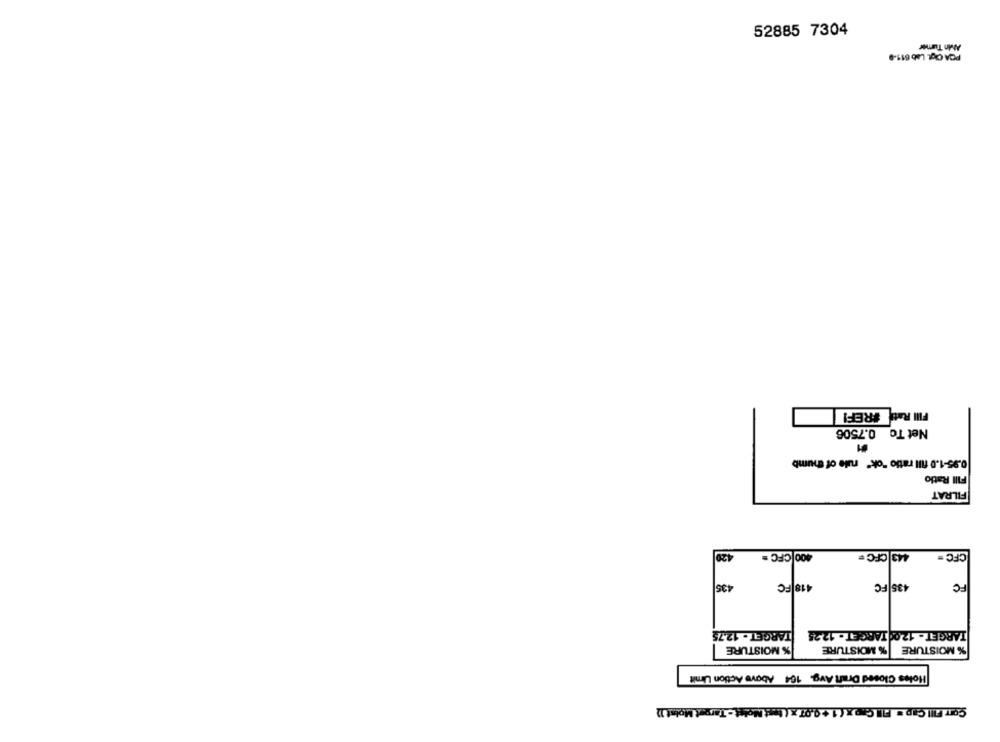
52885 7304
AMn Tumee
PCA CigL. Lab 611-9
Fill Rate FREF!
Net To 0.7506
0.95-1.0 fill ratio "ok" rule of thumb
Fill Ratio
FILRAT
420
400 CFC =
443 CFC =
CFC -
435
418 FC
435 FC
FC
TARGET - 12.00 TARGET - 12.25
TARGET . 12.75
% MOISTURE
% MOISTURE
% MOISTURE
Holes Closed Draft Avg. 164 Above Action Limit
Con Fill Cap . Fill Crox ( 1 +9.07 x ( test Molet - Tarpzt Moist 12